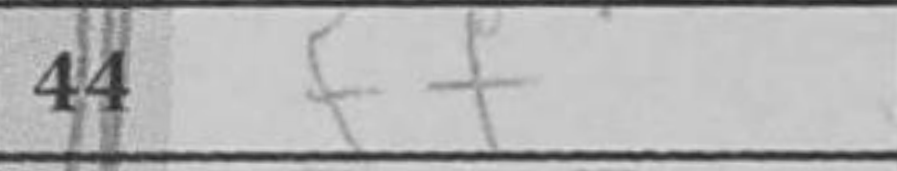
Transcription: f7